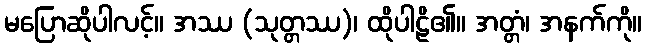
မပြောဆိုပါလင့်။ အဿ (သုတ္တဿ)၊ ထိုပါဠိ၏။ အတ္တံ၊ အနက်ကို။